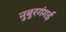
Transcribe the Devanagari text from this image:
नुबुरगंगई